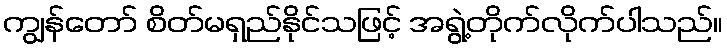
ကျွန်တော် စိတ်မရှည်နိုင်သဖြင့် အရွဲ့တိုက်လိုက်ပါသည်။